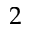
2